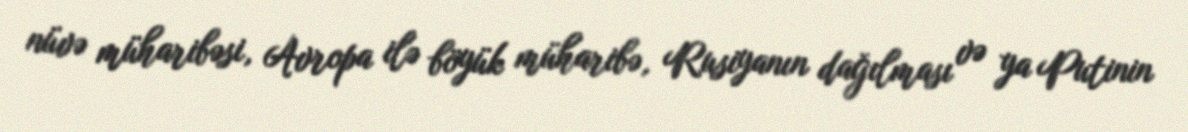
nüvə müharibəsi, Avropa ilə böyük müharibə, Rusiyanın dağılması və ya Putinin